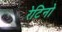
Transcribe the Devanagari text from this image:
रेटिनो